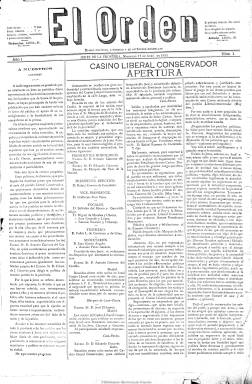
Título: El Orden (Jerez de la Frontera)
Colección: Periódicos
Ámbito geográfico: Cádiz
Lugar de publicación: Jerez de la Frontera [Cádiz]
Fechas: 19/04/1893-31/05/1893

Con el subtítulo “diario político, literario y de intereses generales”, aparece el 19 de abril de 1893 como órgano de la fracción local disidente del Partido Liberal Conservador capitaneada por el senador Miguel López de Carrizosa y de Giles, de los marquesados de Mochales y de Casa Pavón, teniendo como sede de su redacción y administración el domicilio del Casino Liberal Conservador que había sido inaugurado dos días antes, en el número 21 de la calle Larga de la ciudad. Álvaro López de Carrizosa será su fundador y propietario y como director actuará Justo Martínez Zanón.

Será un periódico de cuatro páginas y compuesto a cuatro columnas que ofrece noticias de carácter local, provincial y nacional y con un servicio especial de la agencia Tomaseti para su revista extranjera, con secciones para la bolsa y un boletín religioso. La cuarta plana la dedica enteramente a una sección de anuncios comerciales. Nombrará como corresponsales en Madrid a Dionisio Pérez y en Cádiz a José de Zaldivia.

Para defenderse de El orden, al día siguiente, veinte de abril, aparecerá el periódico La lealtad, dirigido por Gabriel Peláez Bujalance, como órgano de la otra fracción conservadora local. Los dos periódicos mostrarán su adhesión al partido conservador liderado por Antonio Cánovas del Castillo, que había dejado el Gobierno en 1892 y no volverá a recuperarlo hasta 1895. Además de notas sociales, El orden publicará también editoriales, artículos y comentarios en los que da cuenta de su disidencia.

Por este enfrentamiento localista, Checa Godoy califica de “pintorescos” a ambos periódicos, a los que el jefe provincial del partido, Eduardo J. Genóves, a quien ambas fracciones también habían mostrado su adhesión, les ordenará su desaparición y la disolución inmediata de los dos centros conservadores jerezanos. El orden lo hace inmediatamente, el 31 de mayo, habiendo editado 35 números, pues no salía festivos.

Imágenes cedidas por TECNODOC.